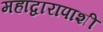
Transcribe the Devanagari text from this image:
महाद्वारापाशी